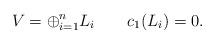
LaTeX: \begin{align*}V= \oplus_{i=1}^{n} L_i \qquad c_1(L_i)=0.\end{align*}